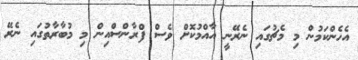
އެހެންކަމުން މި މެޗުގައި ނެރޭނީ އާއްމުކޮށް ވެސް ފްރާންސްއިން މި މުބާރާތުގައި ނެރޭ